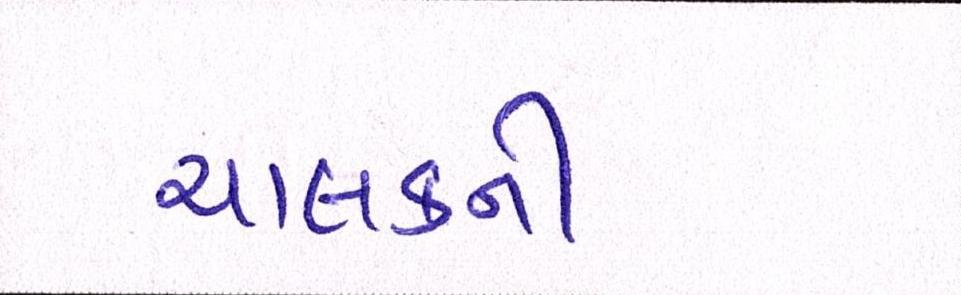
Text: ચાલકની